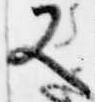
又